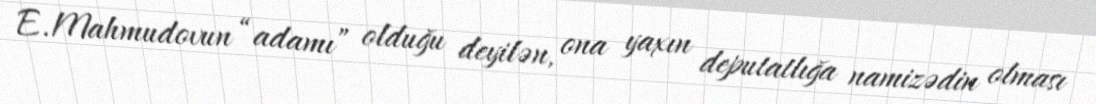
E.Mahmudovun “adamı” olduğu deyilən, ona yaxın deputatlığa namizədin olması